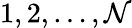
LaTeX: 1,2,\dots,\mathcal{N}